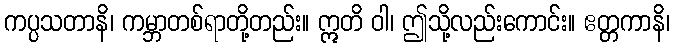
ကပ္ပသတာနိ၊ ကမ္ဘာတစ်ရာတို့တည်း။ ဣတိ ဝါ၊ ဤသို့လည်းကောင်း။ ဧတ္တကာနိ၊